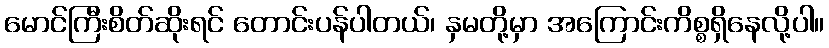
မောင်ကြီးစိတ်ဆိုးရင် တောင်းပန်ပါတယ်၊ နှမတို့မှာ အကြောင်းကိစ္စရှိနေလို့ပါ။